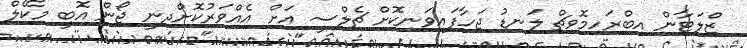
ޒްލަޓާން އިބްރަހިމޮވިޗް ލަނޑު ޖަހާފައިވަނިކޮށް ޗެލްސީ އަށް އެއްވަރުކޮށްދިނީ ޖޯން އޮބީ މިކޭލް